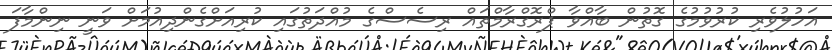
އަހުލުވެރި ކުރުވުމުގެ ގޮތުން ބާއްވާ ޕްރޮގްރާމްތައް ރިސެސްގެ މުއްދަތުގައި ކުރިއަށްގެންދިއުމަށް ވަނީ ނިންމާފަ